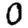
Digit: 0